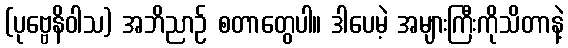
(ပုဗ္ဗေနိဝါသ) အဘိညာဉ် စတာတွေပါ။ ဒါပေမဲ့ အများကြီးကိုသိတာနဲ့